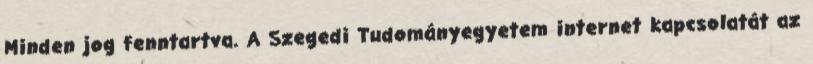
Minden jog fenntartva. A Szegedi Tudományegyetem internet kapcsolatát az